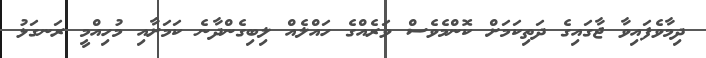
ދިމާވެފައިވާ ޖާގައިގެ ދަތިކަމަށް ކޮންމެވެސް ވަރެއްގެ ހައްލެއް ލިބިގެންދާނެ ކަމަށާއި މުހިއްމީ ރަނގަޅު